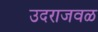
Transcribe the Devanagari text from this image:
उदराजवळ